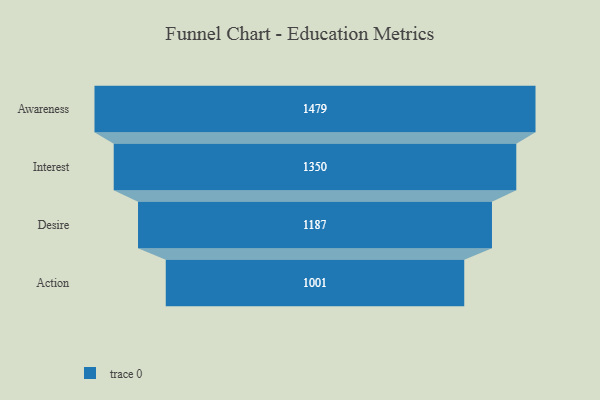
{"axis": {"x": "Stage", "y": "Value"}, "legend": [""], "data": [{"x": "Awareness", "y": 1479.0, "type": ""}, {"x": "Interest", "y": 1350.0, "type": ""}, {"x": "Desire", "y": 1187.0, "type": ""}, {"x": "Action", "y": 1001.0, "type": ""}]}